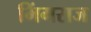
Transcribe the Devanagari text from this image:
भिंगराज